King Institute of Preventive Medicine Micro-Biological Section reports 1909-11
Year: 1909
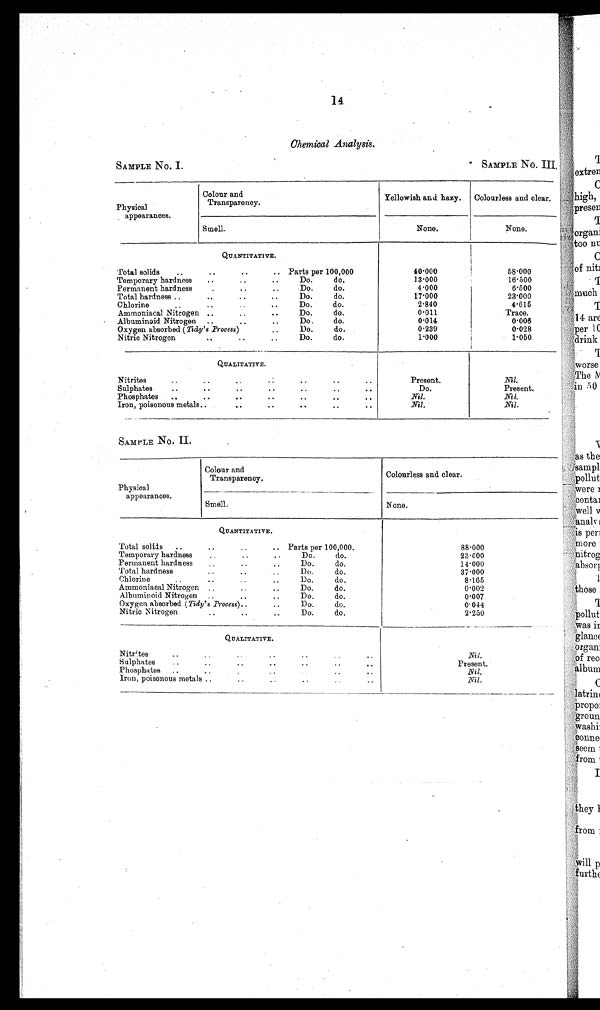
14
Chemical Analysis.
SAMPLE No. I.
SAMPLE No. III
Physical
appearances.
Colour and
Transparency.
Yellowish and hazy. Colourless and clear.
Smell
None.
None.
QUANTITATIVE.
Total solids
..
..
.. Parts per 100,000
4 0 · 0 0 0
58·000
Temporary hardness ..
..
..
Do.
do.
1 3 · 0 0 0
16·500
Permanent hardness
..
Do.
do.
4 · 0 0 0
6·500
Total hardness ..
..
..
..
Do.
do.
1 7 · 0 0 0
23·000
Chlorine
..
..
..
Do.
do.
2 · 8 4 0
4·615
Ammoniacal Nitrogen ..
..
..
Do.
do.
0 · 0 1 1
Trace.
Albuminoid Nitrogen ..
..
Do.
do.
0 · 0 1 4
0·006
Oxygen absorbed ( Tidy's .Process)
..
Do.
do.
0 · 2 3 9
0·028
Nitric Nitrogen
..
..
..
.
Do.
do.
1·000
1·050
QUALITATIVE.
Nitrites
..
. . .: .. .. ..
Present.
Nil.
Do.
Present.
Sulphates
..
..
..
..
..
..
Phosphates ..
..
..
..
..
. .
Nil.
Nil.
Iron, poisonous metals..
. . .. .. .. ..
Nil.
Nil.
SAMPLE No. II.
Physical
Colour and
Transparency.
Colourless and clear.
appearances.
—
Smell.
None.
QUANTITATIVE.
Total solids ..
..
, .
.. Parts per 100,000.
8 8 · 0 0 0
Temporary hardness
..
..
Do.
do.
2 3 · 0 0 0
Permanent hardness
, .. .
Do.
do.
1 4 · 0 0 0
Total hardness
..
. .
Do.
do.
3 7 · 0 0 0
Chlorine
..
..
..
Do.
do.
8 · 1 6 5
Ammoniacal Nitrogen . . .. ..
Do.
do.
0 · 0 0 2
Albuminoid. Nitrogen . . . . . .
Do.
do.
0 · 0 0 7
Oxygen absorbed (Tidy's Process)..
..
Do.
do.
0 · 0 4 4
Nitric Nitrogen
..
..
..
Do.
do.
2 · 2 5 0
QUALITATIVE.
Nitrites . . .. .. ..
Nil.
Sulphates.. ..
..
..
P r e s e n t .
Phosphates ..
..
.
..
..
Nil.
Iron, poisonous metals . .. . .. ..
Nil.